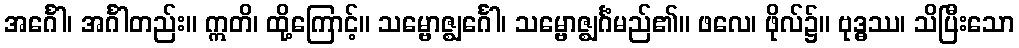
အင်္ဂေါ၊ အင်္ဂါတည်း။ ဣတိ၊ ထို့ကြောင့်။ သမ္ဗောဇ္ဈင်္ဂေါ၊ သမ္ဗောဇ္ဈင်္ဂံမည်၏။ ဖလေ၊ ဖိုလ်၌။ ဗုဒ္ဓဿ၊ သိပြီးသော